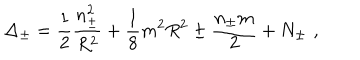
\Delta _ { \pm } = \displaystyle \frac { 1 } { 2 } \displaystyle \frac { n _ { \pm } ^ { 2 } } { R ^ { 2 } } + \displaystyle \frac { 1 } { 8 } m ^ { 2 } R ^ { 2 } \pm \displaystyle \frac { n _ { \pm } m } { 2 } + N _ { \pm } \, \, ,